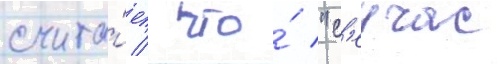
счита́ет / что́ "с'еичас